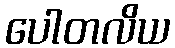
ပေါတလိယ